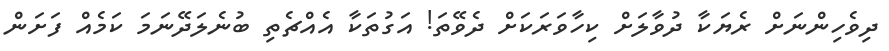
ދިވެހިންނަށް ރެޔަކާ ދުވާލަށް ކިހާވަރަކަށް ދެވޭތަ! އަގުތަކާ އެއްޗެތި ބުނެލަދޭނަމަ ކަމެއް ފަށަން